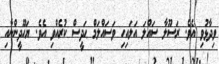
ވިދާޅުވި އެވެ. ރަސޫލާ ސައްލަ އަލައިހި ވަސައްލަމް ޙަދީސް ކުރެއްވި އެވެ. ޔަހޫދީންނާއި